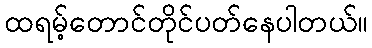
ထရမ့်တောင်တိုင်ပတ်နေပါတယ်။